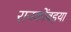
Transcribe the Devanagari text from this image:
रानकोंबड़या